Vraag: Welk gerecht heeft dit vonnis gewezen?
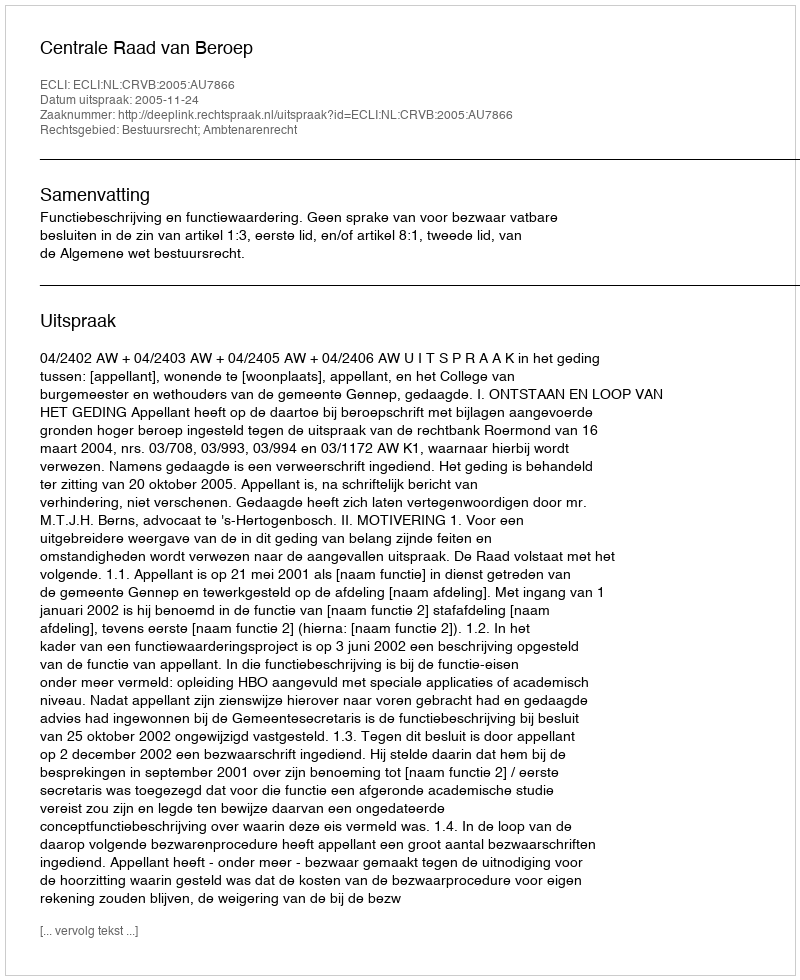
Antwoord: Centrale Raad van Beroep